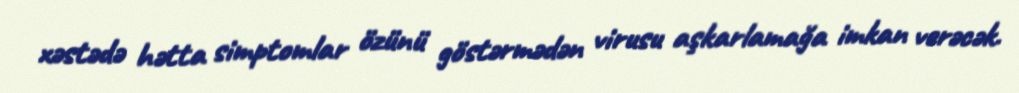
xəstədə hətta simptomlar özünü göstərmədən virusu aşkarlamağa imkan verəcək.